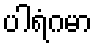
ပါရံဂမာ